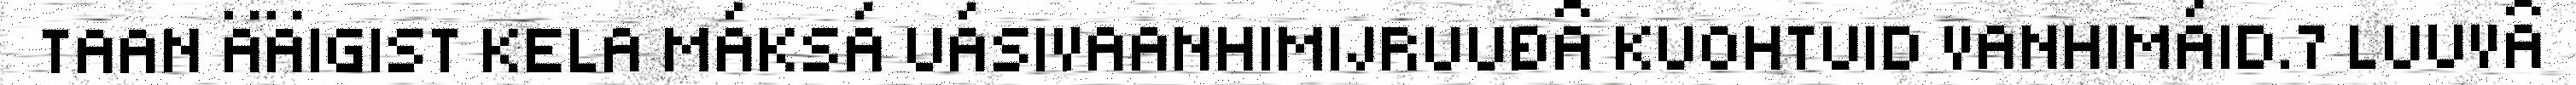
TAAN ÄÄIGIST KELA MÁKSÁ UÁSIVAANHIMIJRUUĐÂ KUOHTUID VANHIMÁID.7 LUUVÂ